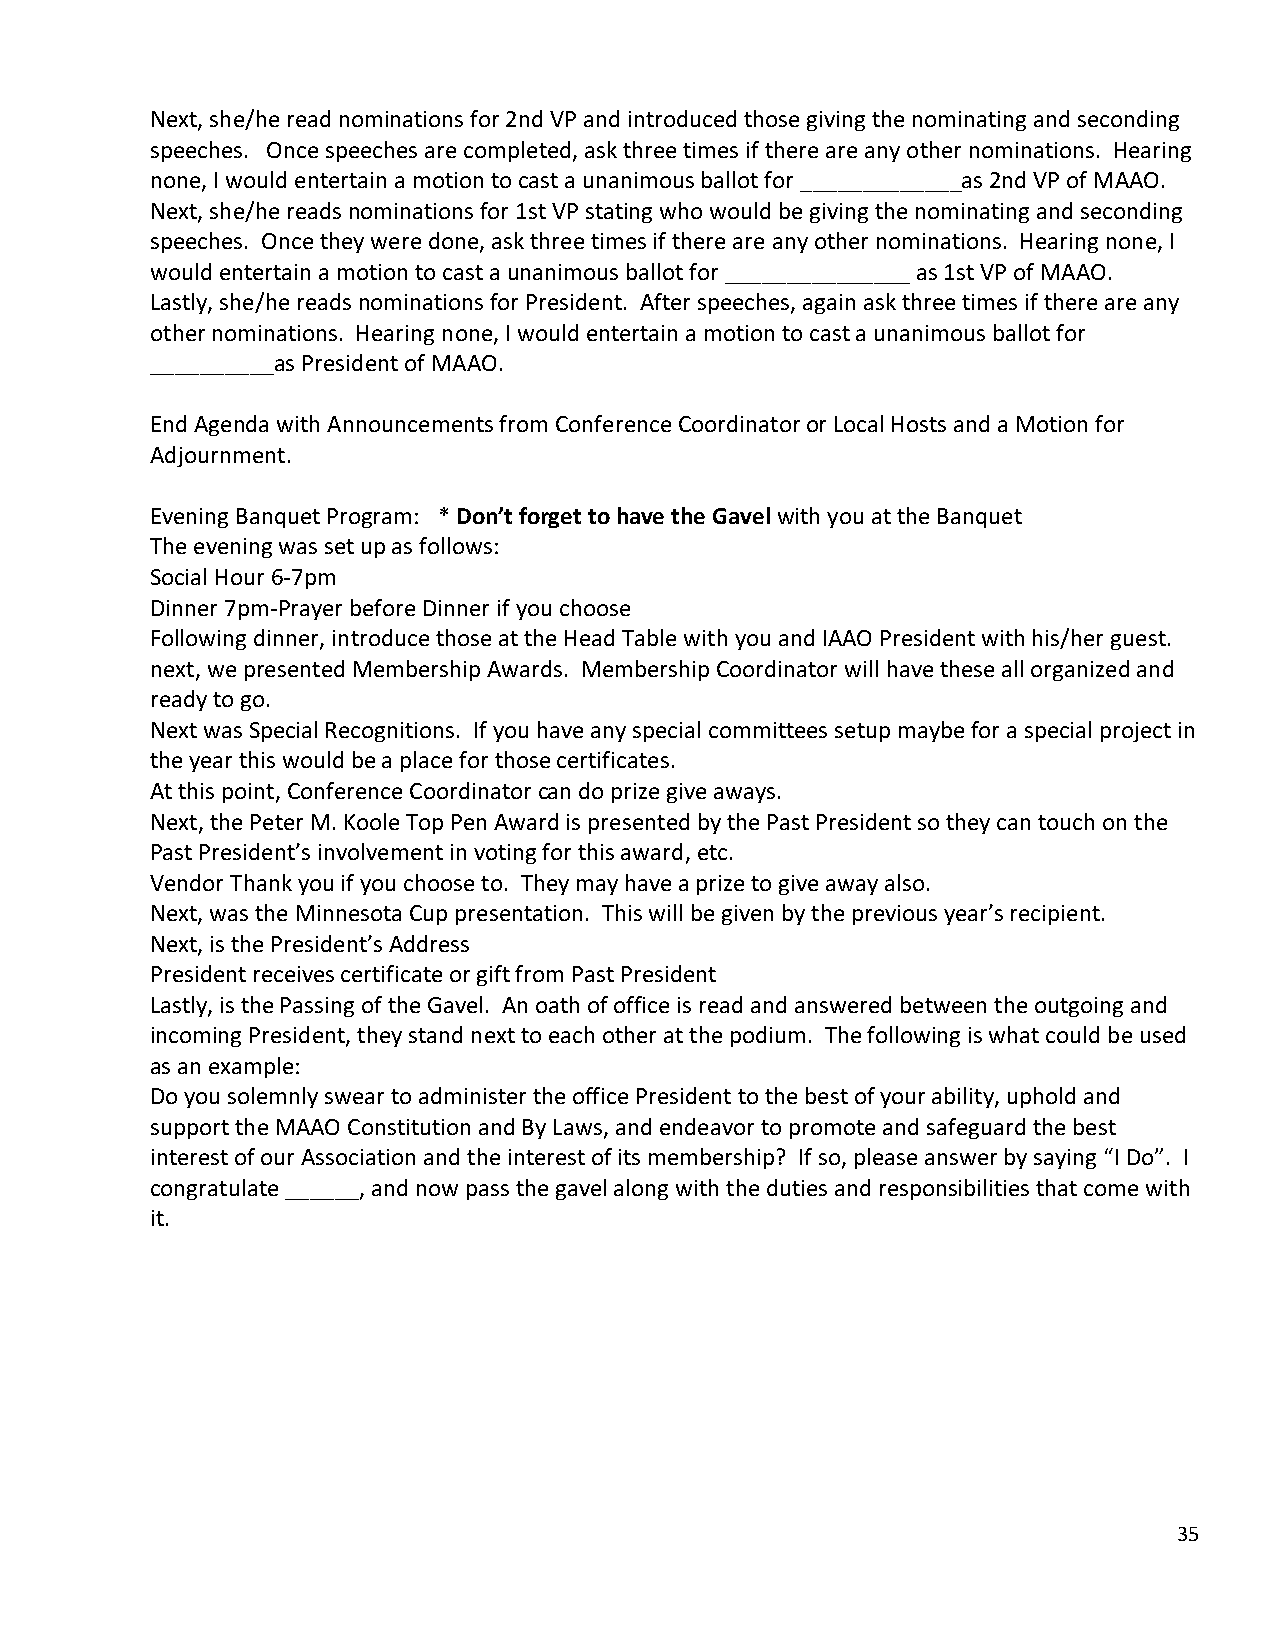
Next, she/he read nominations for 2nd VP and introduced those giving the nominating and seconding
 speeches. Once speeches are completed, ask three times if there are any other nominations. Hearing
 none, I would entertain a motion to cast a unanimous ballot for _____________as 2nd VP of MAAO.
 Next, she/he reads nominations for 1st VP stating who would be giving the nominating and seconding
 speeches. Once they were done, ask three times if there are any other nominations. Hearing none, I
 would entertain a motion to cast a unanimous ballot for _______________ as 1st VP of MAAO.
 Lastly, she/he reads nominations for President. After speeches, again ask three times if there are any
 other nominations. Hearing none, I would entertain a motion to cast a unanimous ballot for
 __________as President of MAAO.
 End Agenda with Announcements from Conference Coordinator or Local Hosts and a Motion for
 Adjournment.
 Evening Banquet Program: * Don’t forget to have the Gavel with you at the Banquet
 The evening was set up as follows:
 Social Hour 6-7pm
 Dinner 7pm-Prayer before Dinner if you choose
 Following dinner, introduce those at the Head Table with you and IAAO President with his/her guest.
 next, we presented Membership Awards. Membership Coordinator will have these all organized and
 ready to go.
 Next was Special Recognitions. If you have any special committees setup maybe for a special project in
 the year this would be a place for those certificates.
 At this point, Conference Coordinator can do prize give aways.
 Next, the Peter M. Koole Top Pen Award is presented by the Past President so they can touch on the
 Past President’s involvement in voting for this award, etc.
 Vendor Thank you if you choose to. They may have a prize to give away also.
 Next, was the Minnesota Cup presentation. This will be given by the previous year’s recipient.
 Next, is the President’s Address
 President receives certificate or gift from Past President
 Lastly, is the Passing of the Gavel. An oath of office is read and answered between the outgoing and
 incoming President, they stand next to each other at the podium. The following is what could be used
 as an example:
 Do you solemnly swear to administer the office President to the best of your ability, uphold and
 support the MAAO Constitution and By Laws, and endeavor to promote and safeguard the best
 interest of our Association and the interest of its membership? If so, please answer by saying “I Do”. I
 congratulate ______, and now pass the gavel along with the duties and responsibilities that come with
 it.
 35